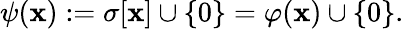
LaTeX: \psi(\mathbf{x}):=\sigma[\mathbf{x}]\cup\{ 0\} =\varphi(\mathbf{x})\cup\{ 0\} .